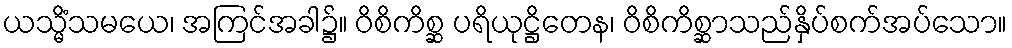
ယသ္မိံသမယေ၊ အကြင်အခါ၌။ ဝိစိကိစ္ဆ ပရိယုဋ္ဌိတေန၊ ဝိစိကိစ္ဆာသည်နှိပ်စက်အပ်သော။